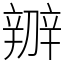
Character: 辧